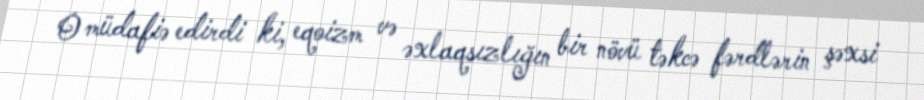
O müdafiə edirdi ki, eqoizm və əxlaqsızlığın bir növü təkcə fərdlərin şəxsi